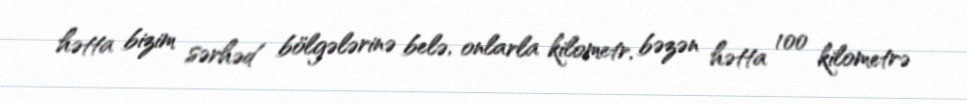
hətta bizim sərhəd bölgələrinə belə, onlarla kilometr, bəzən hətta 100 kilometrə